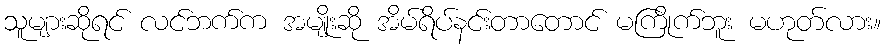
သူများဆိုရင် လင်ဘက်က အမျိုးဆို အိမ်ရိပ်နင်းတာတောင် မကြိုက်ဘူး မဟုတ်လား။